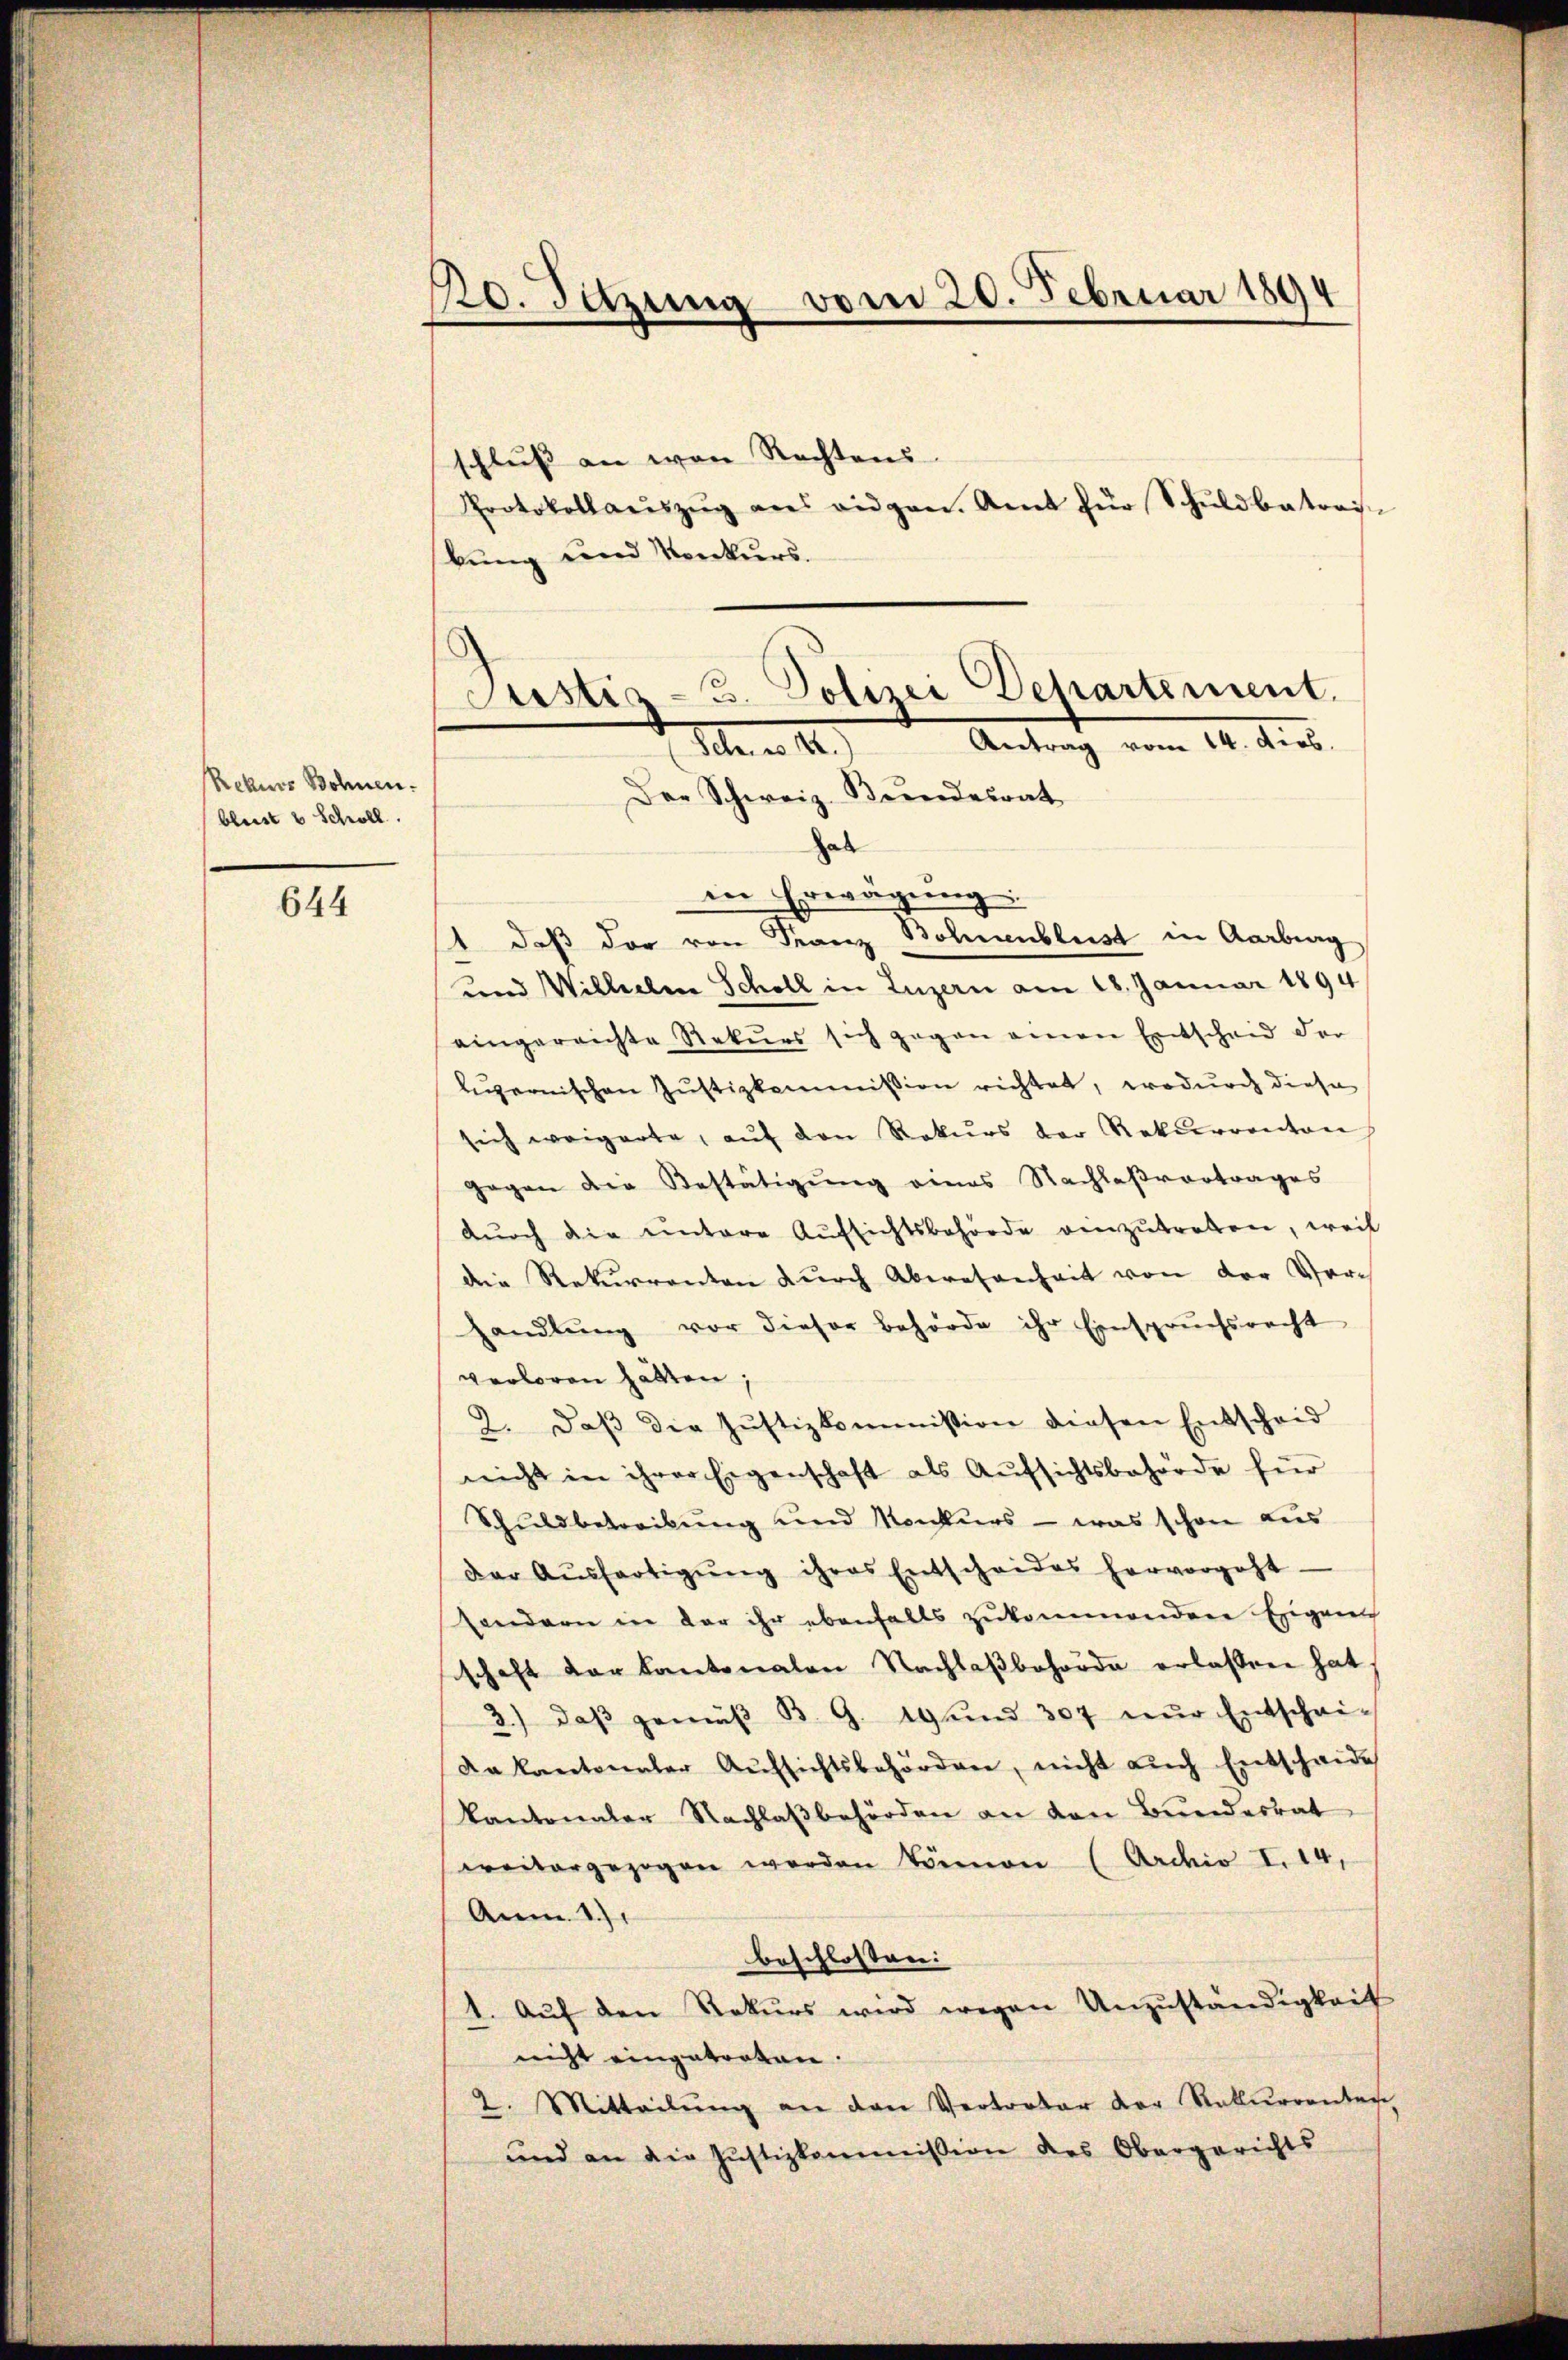
Rekurs Bohnen.
bleist u Schwell.

644

20. Sitzung vom 20. Februar 1894

schluß an von Rechtens
Protokollaŭszŭg ans eidgen. Amt für Schŭldbatrois-
bung und Verurs.
Der Schweiz. Bundesrat
hab
in Erwägung
1 daß der von Franz Bohnenblust in Aarberg
und Wilhelm Scholl in Luzern am 18. Januar 1894
eingereichte Rekŭrs sich gegen einen Entscheid der
luzernischen Justizkommission richtet, wodurch diese
sich weigerte, aŭf den Rekŭrs der Rekurrenton
gegen die Bestätigŭng eines Nachlaßvortrages
dŭrch die untere Aufsichtsbehörde einzŭtreten, weil
die Rekurrenten durch Abwesenheit von der Vor
handlŭng vor dieser Behörde ihr Einspruchsrecht
verloren hätten;
2. daβ die Justizkommission diesen Entscheid
nicht in ihrer Eigenschaft als Aŭfsichtsbehörde für
Schuldbetreibung und Konkurs - was schon aus
der Aŭsfertigŭng ihres Entscheides hervorgeht.
sondern in der ihr ebenfalls zukommenden Eigen
schaft der Kantonalen Nachlaßbehörde erlassen hat
3.) daβ gemäβ B. G. 19 und 307 nŭr Entschei-
Da kantonaler Aŭfsichtsbehörden, nicht aŭch Entscheide
kantonaler Nachlaβbehörden an den Bunderrat
weitergezogen worden können (Archiv I. 14,
Anm. 1.)
beschlossen:
1. Aŭf den Rekŭrs wird wegen Unzŭständigkeit
nicht eingetreten.
2. Mitteilŭng an den Vertreter der Rekurrenten
und an die Justizkommission des Obergerichts

Justiz 3. Polizei Departement.
Antrag vom 14. Jos.
a. a. 14.